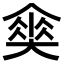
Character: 𡙫